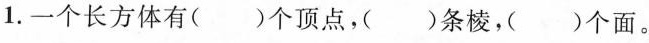
1.一个长方体有( )个顶点，( )条棱，( )个面。